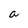
Character: a